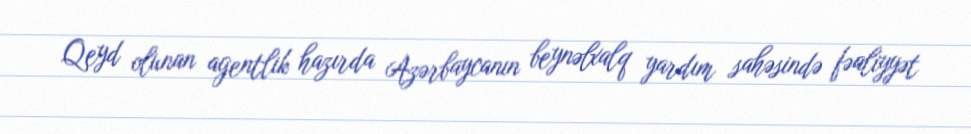
Qeyd olunan agentlik hazırda Azərbaycanın beynəlxalq yardım sahəsində fəaliyyət